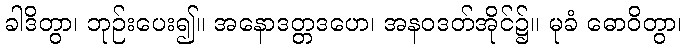
ခါဒိတွာ၊ ဘုဉ်းပေး၍။ အနောဒတ္တဒဟေ၊ အနဝဒတ်အိုင်၌။ မုခံ ဓောဝိတွာ၊